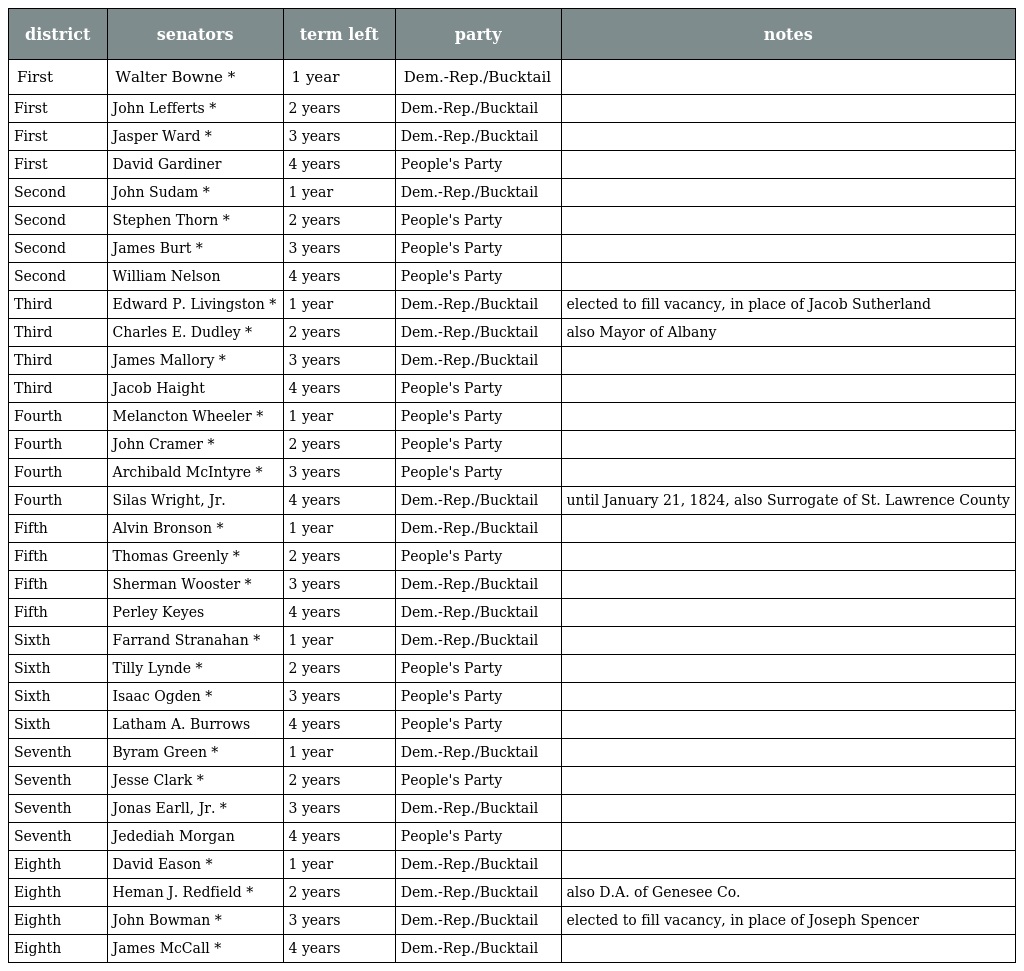
| district | senators | term left | party | notes |
 | --- | --- | --- | --- | --- |
 | First | Walter Bowne * | 1 year | Dem.-Rep./Bucktail |  |
 | First | John Lefferts * | 2 years | Dem.-Rep./Bucktail |  |
 | First | Jasper Ward * | 3 years | Dem.-Rep./Bucktail |  |
 | First | David Gardiner | 4 years | People's Party |  |
 | Second | John Sudam * | 1 year | Dem.-Rep./Bucktail |  |
 | Second | Stephen Thorn * | 2 years | People's Party |  |
 | Second | James Burt * | 3 years | People's Party |  |
 | Second | William Nelson | 4 years | People's Party |  |
 | Third | Edward P. Livingston * | 1 year | Dem.-Rep./Bucktail | elected to fill vacancy, in place of Jacob Sutherland |
 | Third | Charles E. Dudley * | 2 years | Dem.-Rep./Bucktail | also Mayor of Albany |
 | Third | James Mallory * | 3 years | Dem.-Rep./Bucktail |  |
 | Third | Jacob Haight | 4 years | People's Party |  |
 | Fourth | Melancton Wheeler * | 1 year | People's Party |  |
 | Fourth | John Cramer * | 2 years | People's Party |  |
 | Fourth | Archibald McIntyre * | 3 years | People's Party |  |
 | Fourth | Silas Wright, Jr. | 4 years | Dem.-Rep./Bucktail | until January 21, 1824, also Surrogate of St. Lawrence County |
 | Fifth | Alvin Bronson * | 1 year | Dem.-Rep./Bucktail |  |
 | Fifth | Thomas Greenly * | 2 years | People's Party |  |
 | Fifth | Sherman Wooster * | 3 years | Dem.-Rep./Bucktail |  |
 | Fifth | Perley Keyes | 4 years | Dem.-Rep./Bucktail |  |
 | Sixth | Farrand Stranahan * | 1 year | Dem.-Rep./Bucktail |  |
 | Sixth | Tilly Lynde * | 2 years | People's Party |  |
 | Sixth | Isaac Ogden * | 3 years | People's Party |  |
 | Sixth | Latham A. Burrows | 4 years | People's Party |  |
 | Seventh | Byram Green * | 1 year | Dem.-Rep./Bucktail |  |
 | Seventh | Jesse Clark * | 2 years | People's Party |  |
 | Seventh | Jonas Earll, Jr. * | 3 years | Dem.-Rep./Bucktail |  |
 | Seventh | Jedediah Morgan | 4 years | People's Party |  |
 | Eighth | David Eason * | 1 year | Dem.-Rep./Bucktail |  |
 | Eighth | Heman J. Redfield * | 2 years | Dem.-Rep./Bucktail | also D.A. of Genesee Co. |
 | Eighth | John Bowman * | 3 years | Dem.-Rep./Bucktail | elected to fill vacancy, in place of Joseph Spencer |
 | Eighth | James McCall * | 4 years | Dem.-Rep./Bucktail |  |